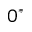
0 ^ { \ast }